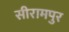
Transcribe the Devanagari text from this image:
सीरामपुर